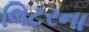
લિટરના